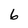
Character: 6